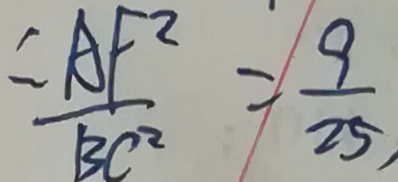
\therefore \frac { A F ^ { 2 } } { B C ^ { 2 } } = \frac { 9 } { 2 5 } ,